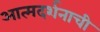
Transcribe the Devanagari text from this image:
आत्मदर्शनाची